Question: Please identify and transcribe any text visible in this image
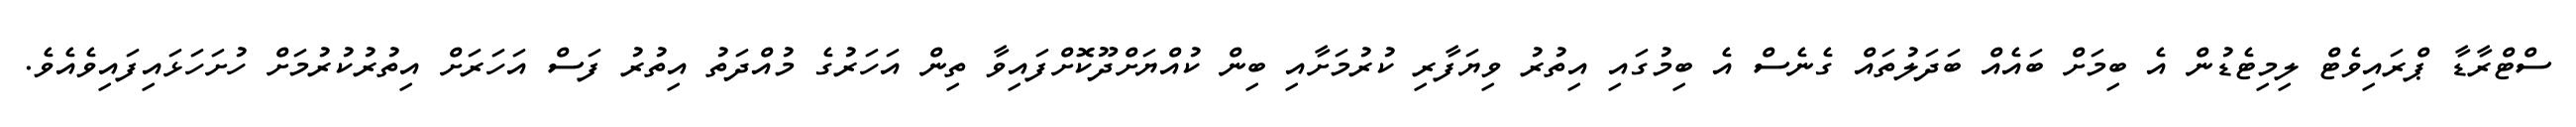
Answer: ސްޓްރާޑާ ޕްރައިވެޓް ލިމިޓެޑުން އެ ބިމަށް ބައެއް ބަދަލުތައް ގެނެސް އެ ބިމުގައި އިތުރު ވިޔަފާރި ކުރުމަށާއި ބިން ކުއްޔަށްދޫކޮށްފައިވާ ތިން އަހަރުގެ މުއްދަތު އިތުރު ފަސް އަހަރަށް އިތުރުކުރުމަށް ހުށަހަޅައިފައިވެއެވެ.